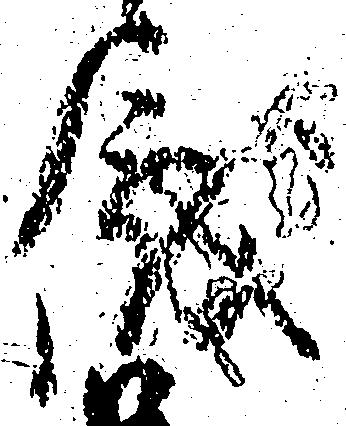
儀